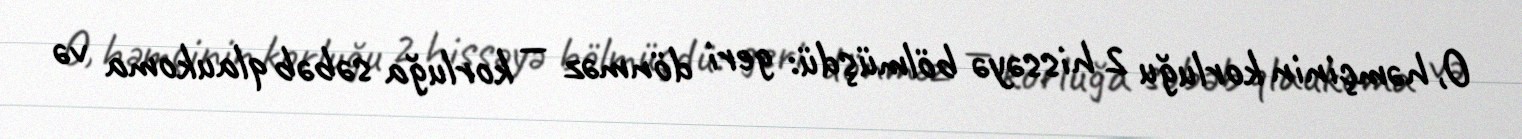
O, həmçinin korluğu 2 hissəyə bölmüşdü: geri dönməz — korluğa səbəb qlaukoma və